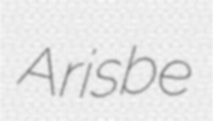
Arisbe